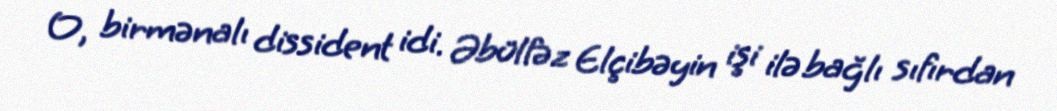
O, birmənalı dissident idi. Əbülfəz Elçibəyin işi ilə bağlı sıfırdan